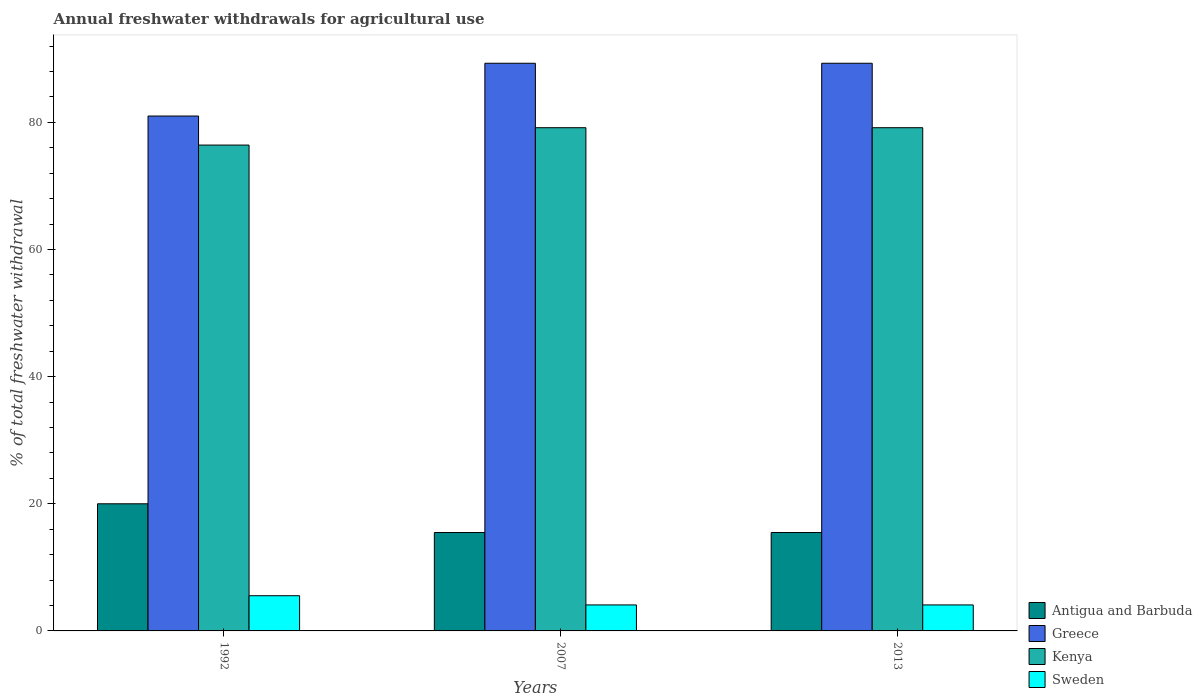
| Years | Antigua and Barbuda | Greece | Kenya | Sweden |
 | --- | --- | --- | --- | --- |
 | 1992 | 20 | 81 | 76.4 | 5.54 |
 | 2007 | 15.5 | 89.3 | 79.2 | 4.09 |
 | 2013 | 15.5 | 89.3 | 79.2 | 4.09 |